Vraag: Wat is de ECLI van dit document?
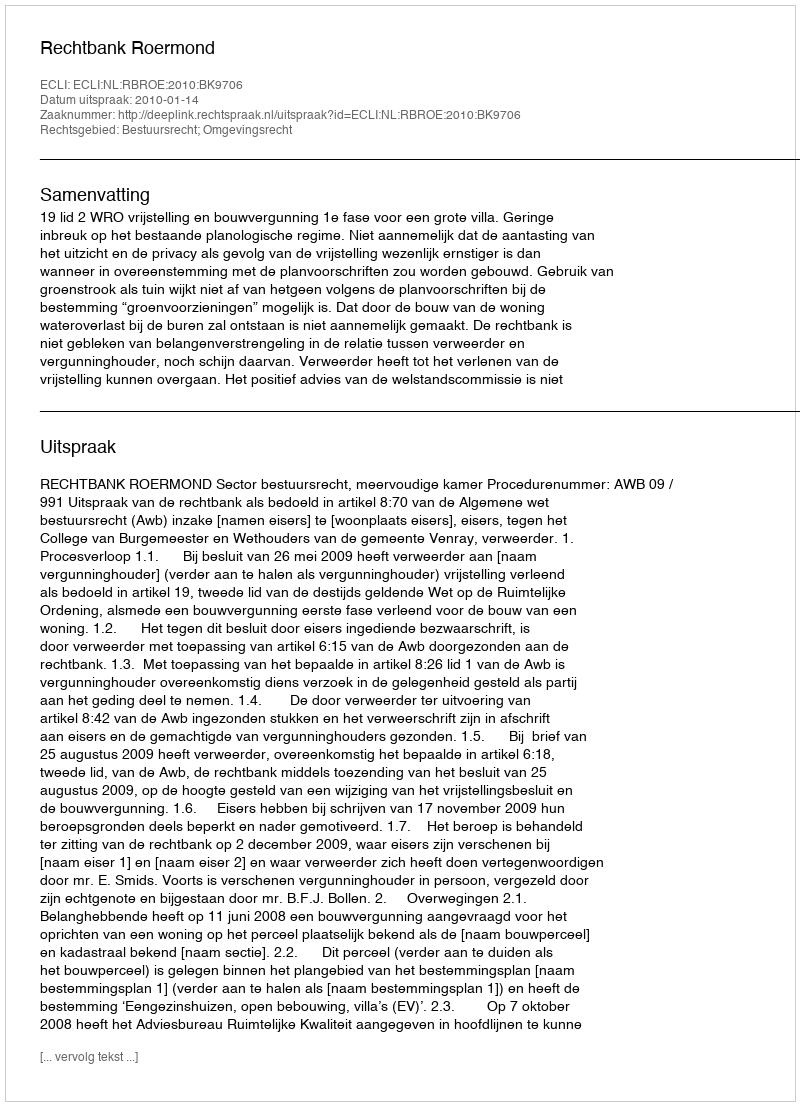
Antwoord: ECLI:NL:RBROE:2010:BK9706